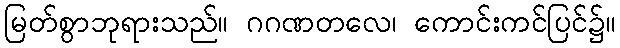
မြတ်စွာဘုရားသည်။ ဂဂဏတလေ၊ ကောင်းကင်ပြင်၌။